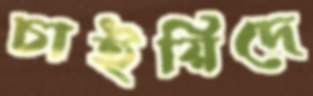
চাইয়িদে